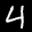
Label: 4